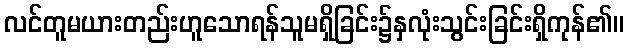
လင်တူမယားတည်းဟူသောရန်သူမရှိခြင်း၌နှလုံးသွင်းခြင်းရှိကုန်၏။